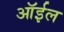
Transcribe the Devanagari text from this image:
ऑर्इल